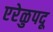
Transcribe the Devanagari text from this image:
एरेळुपदू